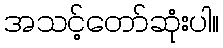
အသင့်တော်ဆုံးပါ။